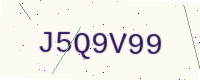
Text: J5Q9V99